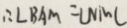
\therefore \angle B A M = \angle N M C